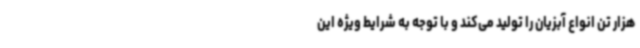
هزار تن انواع آبزیان را تولید می‌کند و با توجه به شرایط ویژه این